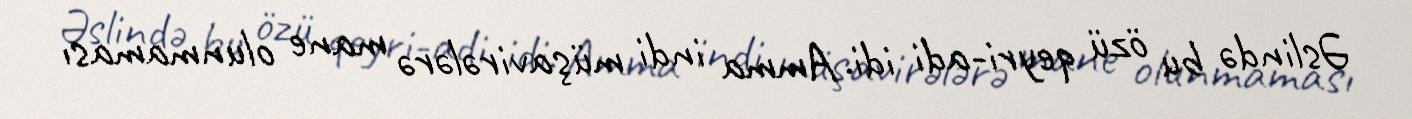
Əslində bu özü qeyri-adi idi. Amma indi müşavirələrə mane olunmaması